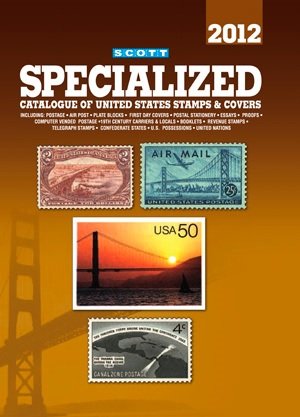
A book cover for Scott Specialized Catalogue of United States Stamps & Covers 2012 (Scott Standard Postage Stamp Catalogue: U.S. Specialized); Charles Snee; Crafts, Hobbies & Home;